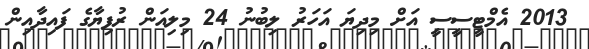
2013 އެމްޓީސީސީ އަށް މިދިޔަ އަހަރު ލިބުނު 24 މިލިއަން ރުފިޔާގެ ފައިދާއިން